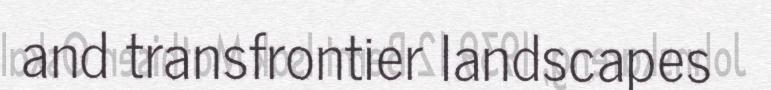
and transfrontier landscapes